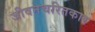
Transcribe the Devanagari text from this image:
जीवनचरितकार